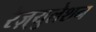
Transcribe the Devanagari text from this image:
रेज़्युलेशन